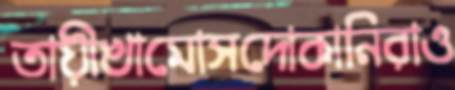
তায়ীখামোসদোকানিরাও